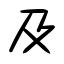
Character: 及